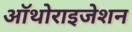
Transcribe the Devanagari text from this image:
ऑथोराइजेशन